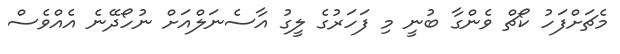
މެޗަށްފަހު ކޯޗް ވެންގާ ބުނީ މި ފަހަރުގެ ލީގު އާސެނަލްއަށް ނުހޯދޭނެ އެއްވެސް